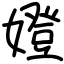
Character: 嬁